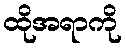
ထိုအရာကို